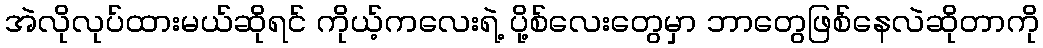
အဲလိုလုပ်ထားမယ်ဆိုရင် ကိုယ့်ကလေးရဲ့ ပို့စ်လေးတွေမှာ ဘာတွေဖြစ်နေလဲဆိုတာကို